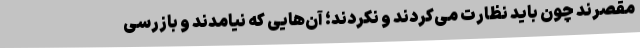
مقصرند چون باید نظارت می‌کردند و نکردند؛ آن‌هایی که نیامدند و بازرسی